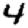
Digit: 4